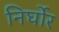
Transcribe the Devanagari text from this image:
निर्घोर